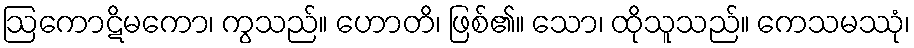
ဩကောဋိမကော၊ ကွသည်။ ဟောတိ၊ ဖြစ်၏။ သော၊ ထိုသူသည်။ ကေသမဿုံ၊